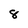
Character: 8